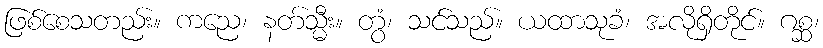
ဖြစ်စေသတည်း။ ကညေ၊ နတ်သ္မီး။ တွံ၊ သင်သည်။ ယထာသုခံ၊ အလိုရှိတိုင်။ ဂစ္ဆ၊